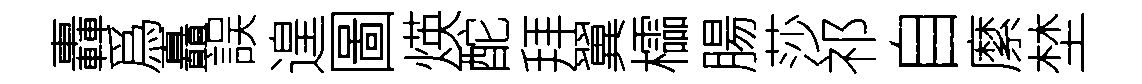
轟爲矗誤遑圖煐酡拜翼櫺腸莎祁自縻埜